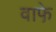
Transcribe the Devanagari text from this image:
वाफे़